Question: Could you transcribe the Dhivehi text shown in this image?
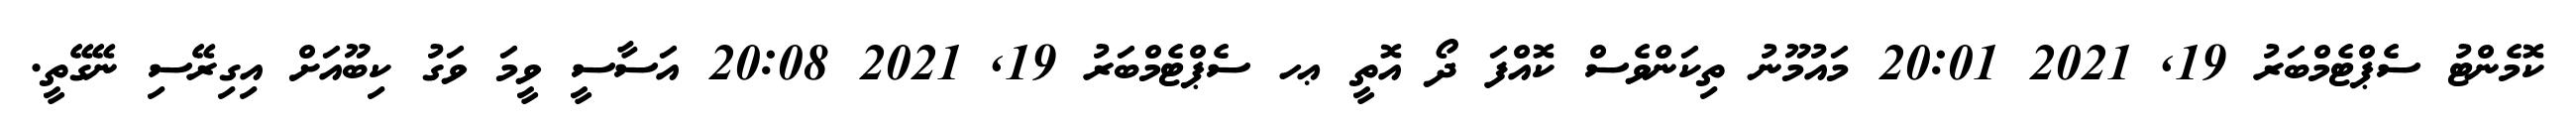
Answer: ކޮމެންޓު ސެޕްޓެމްބަރު 19, 2021 20:01 މައުމޫނު ތިކަންވެސް ކޮއްފަ ދޯ އޮތީ ޢހ ސެޕްޓެމްބަރު 19, 2021 20:08 އަސާސީ ވީމަ ވަގު ކިބޫއަށް އިގިރޭސި ނޭގޭތީ.